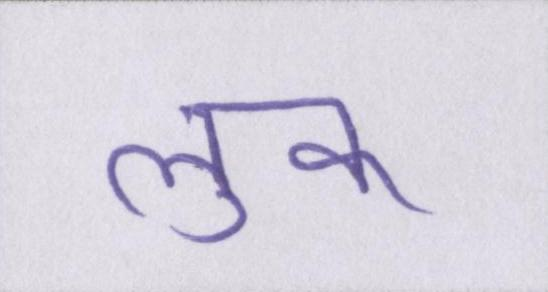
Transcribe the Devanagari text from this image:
लुक